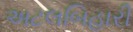
અટલબિહારી